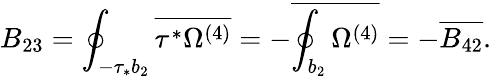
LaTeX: B_{23}=\oint_{-\tau_{*}b_{2}}\overline{{{\tau^{*}\Omega^{(4)}}}}=-\overline{{{\oint_{b_{2}}\Omega^{(4)}}}}=-\overline{{{B_{42}}}}.